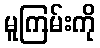
မူကြမ်းကို